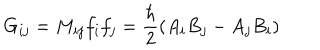
LaTeX: G _ { i j } = M _ { i j } f _ { i } f _ { j } = \frac { \hbar } { 2 } ( A _ { i } B _ { j } - A _ { j } B _ { i } )